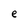
Character: e